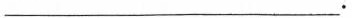
___.